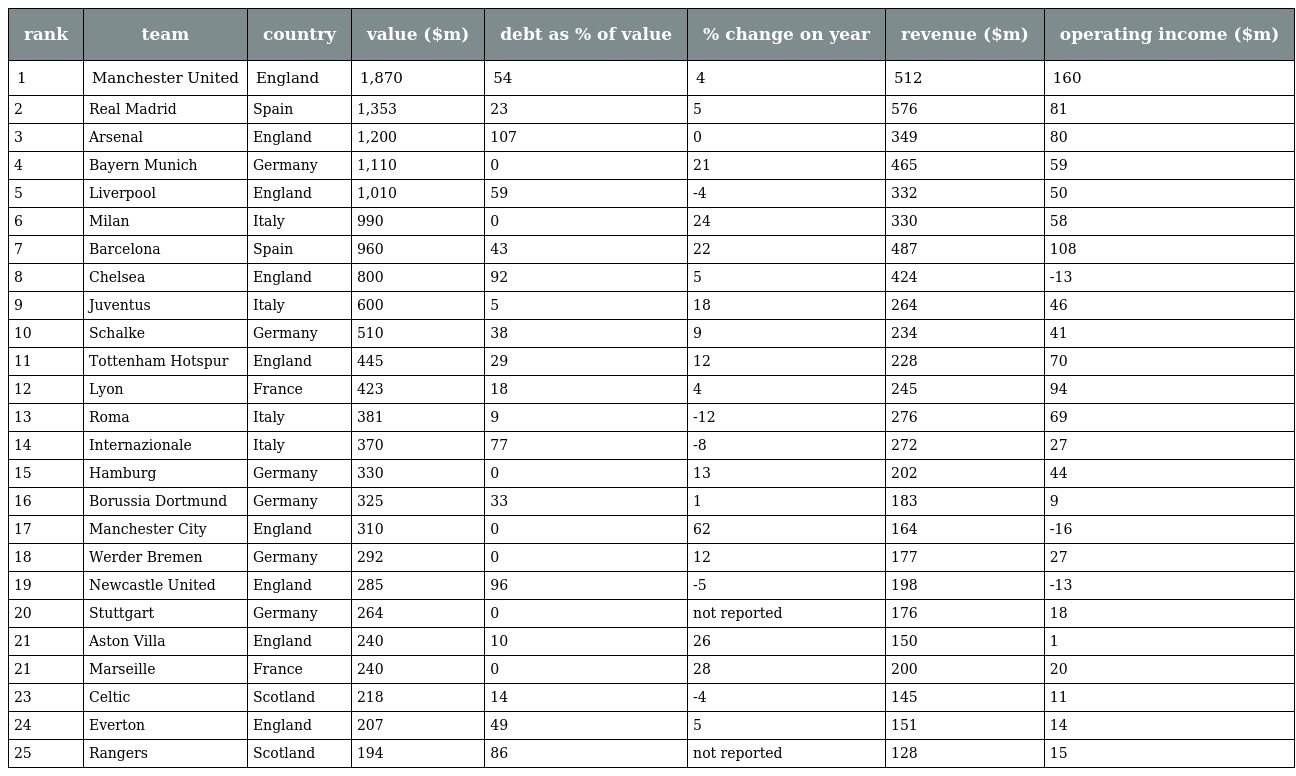
| rank | team | country | value ($m) | debt as % of value | % change on year | revenue ($m) | operating income ($m) |
 | --- | --- | --- | --- | --- | --- | --- | --- |
 | 1 | Manchester United | England | 1,870 | 54 | 4 | 512 | 160 |
 | 2 | Real Madrid | Spain | 1,353 | 23 | 5 | 576 | 81 |
 | 3 | Arsenal | England | 1,200 | 107 | 0 | 349 | 80 |
 | 4 | Bayern Munich | Germany | 1,110 | 0 | 21 | 465 | 59 |
 | 5 | Liverpool | England | 1,010 | 59 | -4 | 332 | 50 |
 | 6 | Milan | Italy | 990 | 0 | 24 | 330 | 58 |
 | 7 | Barcelona | Spain | 960 | 43 | 22 | 487 | 108 |
 | 8 | Chelsea | England | 800 | 92 | 5 | 424 | -13 |
 | 9 | Juventus | Italy | 600 | 5 | 18 | 264 | 46 |
 | 10 | Schalke | Germany | 510 | 38 | 9 | 234 | 41 |
 | 11 | Tottenham Hotspur | England | 445 | 29 | 12 | 228 | 70 |
 | 12 | Lyon | France | 423 | 18 | 4 | 245 | 94 |
 | 13 | Roma | Italy | 381 | 9 | -12 | 276 | 69 |
 | 14 | Internazionale | Italy | 370 | 77 | -8 | 272 | 27 |
 | 15 | Hamburg | Germany | 330 | 0 | 13 | 202 | 44 |
 | 16 | Borussia Dortmund | Germany | 325 | 33 | 1 | 183 | 9 |
 | 17 | Manchester City | England | 310 | 0 | 62 | 164 | -16 |
 | 18 | Werder Bremen | Germany | 292 | 0 | 12 | 177 | 27 |
 | 19 | Newcastle United | England | 285 | 96 | -5 | 198 | -13 |
 | 20 | Stuttgart | Germany | 264 | 0 | not reported | 176 | 18 |
 | 21 | Aston Villa | England | 240 | 10 | 26 | 150 | 1 |
 | 21 | Marseille | France | 240 | 0 | 28 | 200 | 20 |
 | 23 | Celtic | Scotland | 218 | 14 | -4 | 145 | 11 |
 | 24 | Everton | England | 207 | 49 | 5 | 151 | 14 |
 | 25 | Rangers | Scotland | 194 | 86 | not reported | 128 | 15 |